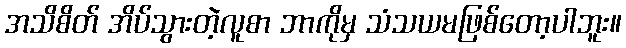
အသိစိတ် အိပ်သွားတဲ့လူစာ ဘာကိုမှ သံသယမဖြစ်တော့ပါဘူး။